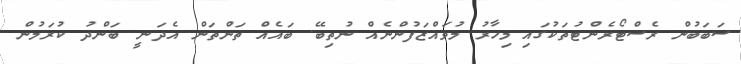
ސަބަބުން ރެސްޓޯރެންޓުތަކުގައި މިހާރު މުވައްޒަފުންނެއް ނުތިބޭ. ބައެއް ތަންތަން އެދަނީ ބަންދު ކުރަމުން